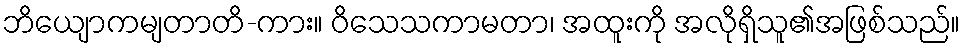
ဘိယျောကမျတာတိ-ကား။ ဝိသေသကာမတာ၊ အထူးကို အလိုရှိသူ၏အဖြစ်သည်။